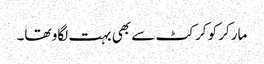
مارکر کو کرکٹ سے بھی بہت لگاو تھا۔